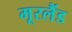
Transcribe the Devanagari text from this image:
मूरलैंड